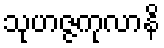
သုဟဇ္ဇကုလာနိ